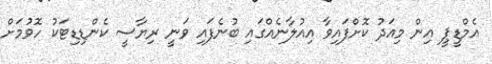
އެމްޑީޕީ އިން މިއަދު ކޮށްފައިވާ އިއުލާނެއްގައި ބުނެފައި ވަނީ ރިޔާސީ ކެންޑިޑިޓަކު ހޮވުމަށް